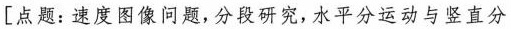
[点题：速度图像问题，分段研究，水平分运动与竖直分